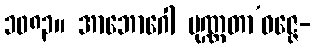
၁၀၈၃။ အာဘောဂေါ ပုဏ္ဏတာ’ဝဇ္ဇေ-